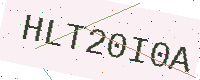
Text: HLT20I0A